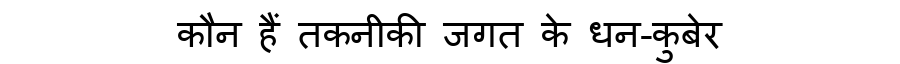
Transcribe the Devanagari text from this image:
कौन हैं तकनीकी जगत के धन-कुबेर